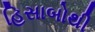
હિસાબોથી